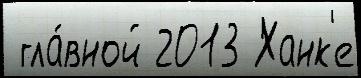
 гла́вной 2013 Ханк'е